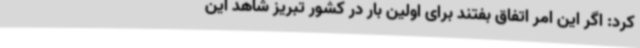
کرد: اگر این امر اتفاق بفتند برای اولین بار در کشور تبریز شاهد این